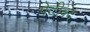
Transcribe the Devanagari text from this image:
पेटीबंद